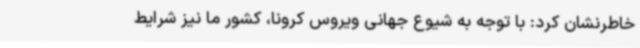
خاطرنشان کرد: با توجه به شیوع جهانی ویروس کرونا، کشور ما نیز شرایط